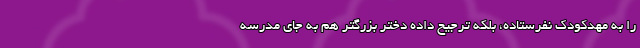
را به مهدکودک نفرستاده، بلکه ترجیح داده دختر بزرگتر هم به جای مدرسه